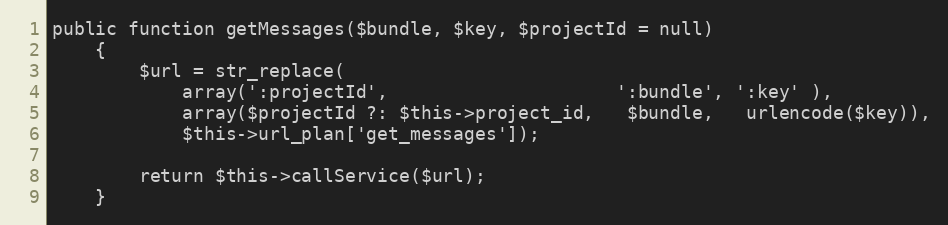
Language: PHP
public function getMessages($bundle, $key, $projectId = null)
    {
        $url = str_replace(
            array(':projectId',                     ':bundle', ':key' ),
            array($projectId ?: $this->project_id,   $bundle,   urlencode($key)),
            $this->url_plan['get_messages']);

        return $this->callService($url);
    }